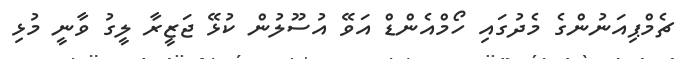
ޗެމްޕިއަނުންގެ މެދުގައި ހޯމްއެންޑް އަވޭ އުސޫލުން ކުޅޭ ޖަޒީރާ ލީގު ވާނީ މުޅި